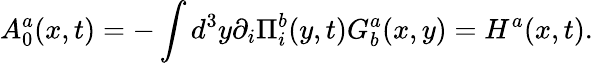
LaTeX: A_{0}^{a}(x,t)=-\int d^{3}y\partial_{i}\Pi_{i}^{b}(y,t)G_{b}^{a}(x,y)=H^{a}(x,t).